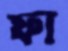
ফা